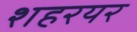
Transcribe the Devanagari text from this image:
शहरयर